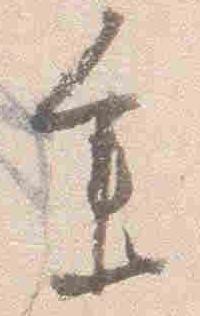
参